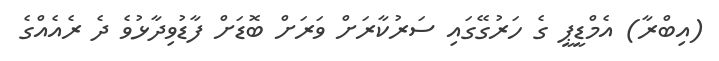
(އިބްރާ) އެމްޑީޕީ ގެ ހަރުގޭގައި ސަރުކާރަށް ވަރަށް ބޮޑަށް ފާޑުވިދާޅުވެ ދެ ރެއެއްގެ